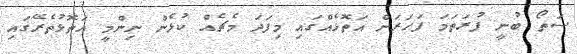
ސަތޯ ބުނީ ފުރަތަމަ ފަހަރަށް އަތޮޅެއްގައި މިފަދަ މެޗެއް ކުޅެން ނިންމީ އަތޮޅުތެރޭގައި